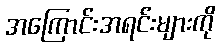
အကြောင်းအရင်းများကို